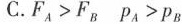
C.$$F_{A} > F_{B}$$ $$p_{A} > p_{B}$$